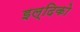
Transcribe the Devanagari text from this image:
इल्दिको